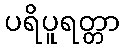
ပရိပူရတ္တာ